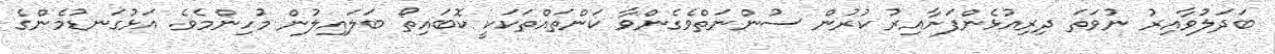
ބަދަލުވާއިރު ނުވަތަ ދިރިއުޅެންފަށާއިރު ކުރުން ސުންނަތްވެގެންވާ ކަންތައްތަކަކީ ކޮބައިތޯ ބަލައިލުން މުހިންމެވެ. އަޅުގަނޑުމެންގެ